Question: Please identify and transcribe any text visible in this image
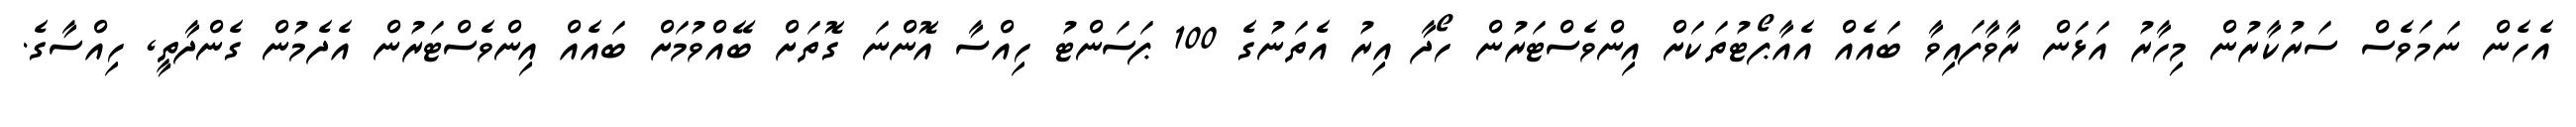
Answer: އެހެން ނަމަވެސް ސަރުކާރުން މިހާރު އަޅަން ރާވާފައިވާ ބައެއް އެއާޕޯޓުތަކަށް އިންވެސްޓަރުން ހޯދާ އިރު އެތަނުގެ 100 ޕަސަންޓު ހިއްސާ އޮންނަ ގޮތަށް ބޭއްވުމަށް ބައެއް އިންވެސްޓަރުން އެދެމުން ގެންދާތީ, ހިއްސާގެ.